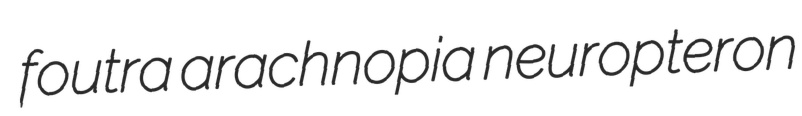
foutra arachnopia neuropteron